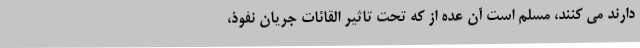
دارند می کنند، مسلم است آن عده از که تحت تاثیر القائات جریان نفوذ،